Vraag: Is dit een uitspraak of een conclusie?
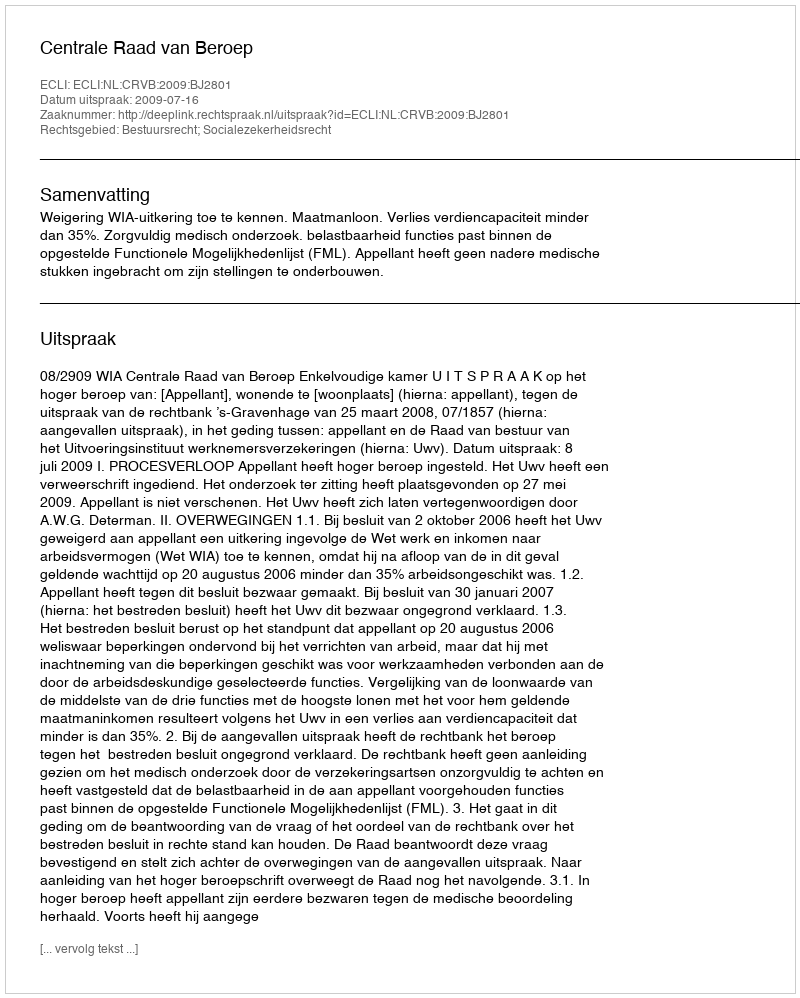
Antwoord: Uitspraak